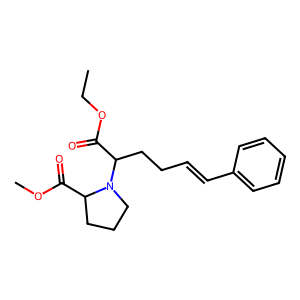
SMILES: CCOC(=O)C(CCC=Cc1ccccc1)N1CCCC1C(=O)OC
Inhibits HIV replication: No